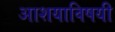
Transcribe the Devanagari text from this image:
आशयाविषयी